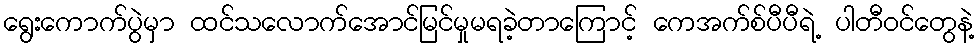
ရွေးကောက်ပွဲမှာ ထင်သလောက်အောင်မြင်မှုမရခဲ့တာကြောင့် ကေအက်စ်ပီပီရဲ့ ပါတီဝင်တွေနဲ့